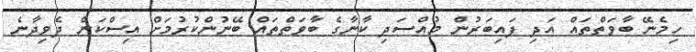
ހިމެނޭ ބާވަތްތައް އަދި ފައިބަރުން މުއްސަދި ކާނާގެ ބާވަތްތައް ބޭނުންކުރުމަށް އިސްކަން ދެވިދާނެ